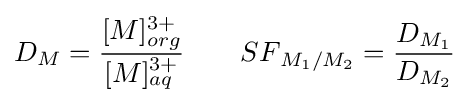
{\begin{aligned}{D}_{M}={\frac {[M]_{org}^{3+}}{[M]_{aq}^{3+}}}\qquad {SF}_{M_{1}/M_{2}}={\frac {D_{M_{1}}}{D_{M_{2}}}}\end{aligned}}